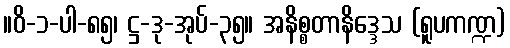
။ဝိ-၁-ပါ-၈၅၊ ဋ္ဌ-ဒု-အုပ်-၃၅။ အနိစ္စတာနိဒ္ဒေသ (ရူပကဏ္ဍ)